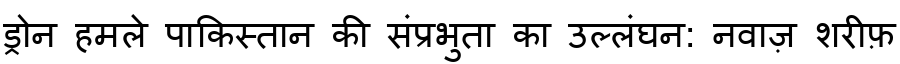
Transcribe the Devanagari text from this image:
ड्रोन हमले पाकिस्तान की संप्रभुता का उल्लंघन: नवाज़ शरीफ़